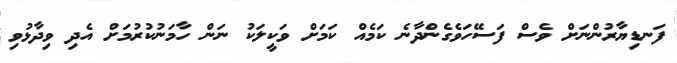
ފަނޑިޔާރުންނަށް ވެސް ފަސޭހަވެގެންދާނެ ކަމެއް ކަމަށް ވަކީލަކު ނަން ހާމަނުކުރުމަށް އެދި ވިދާޅުވި